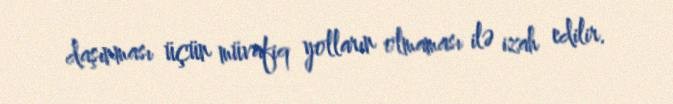
daşınması üçün müvafiq yolların olmaması ilə izah edilir.